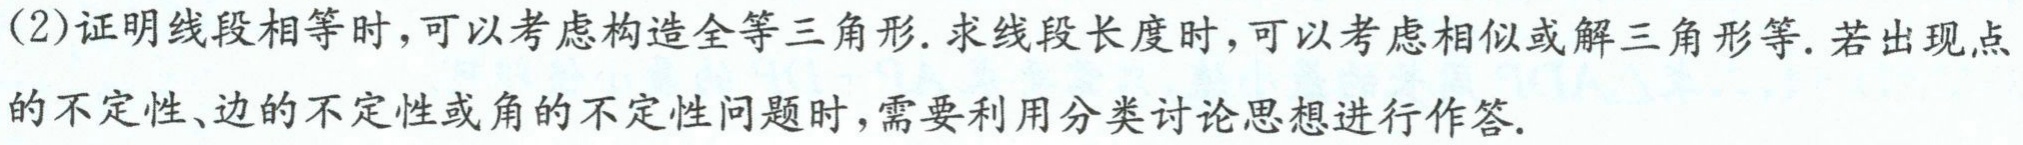
(2)证明线段相等时，可以考虑构造全等三角形. 求线段长度时，可以考虑相似或解三角形等. 若出现点的不定性、边的不定性或角的不定性问题时，需要利用分类讨论思想进行作答.